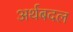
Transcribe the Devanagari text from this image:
अर्थबदल